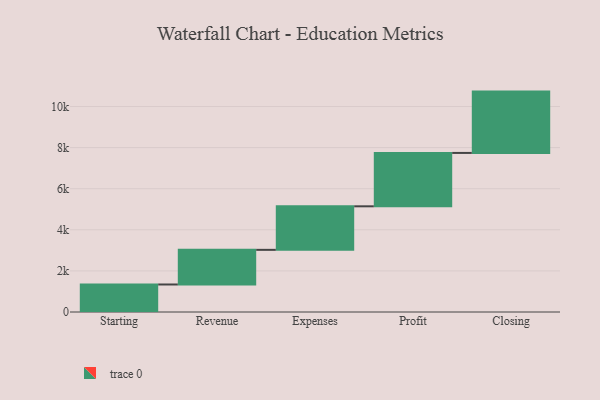
{"axis": {"x": "Step", "y": "Value"}, "legend": [""], "data": [{"x": "Starting", "y": 1339.0, "type": ""}, {"x": "Revenue", "y": 1686.0, "type": ""}, {"x": "Expenses", "y": 2119.0, "type": ""}, {"x": "Profit", "y": 2598.0, "type": ""}, {"x": "Closing", "y": 2985.0, "type": ""}]}